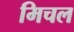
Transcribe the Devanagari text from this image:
मिचल